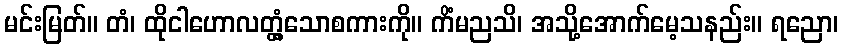
မင်းမြတ်။ တံ၊ ထိုငါဟောလတ္တံ့သောစကားကို။ ကိံမညသိ၊ အသို့အောက်မေ့သနည်း။ ရညော၊